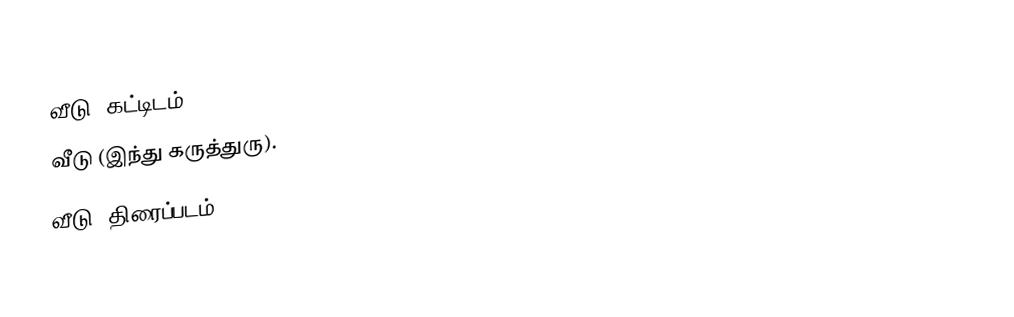
வீடு (கட்டிடம்).
 வீடு (இந்து கருத்துரு).
 வீடு (திரைப்படம்).